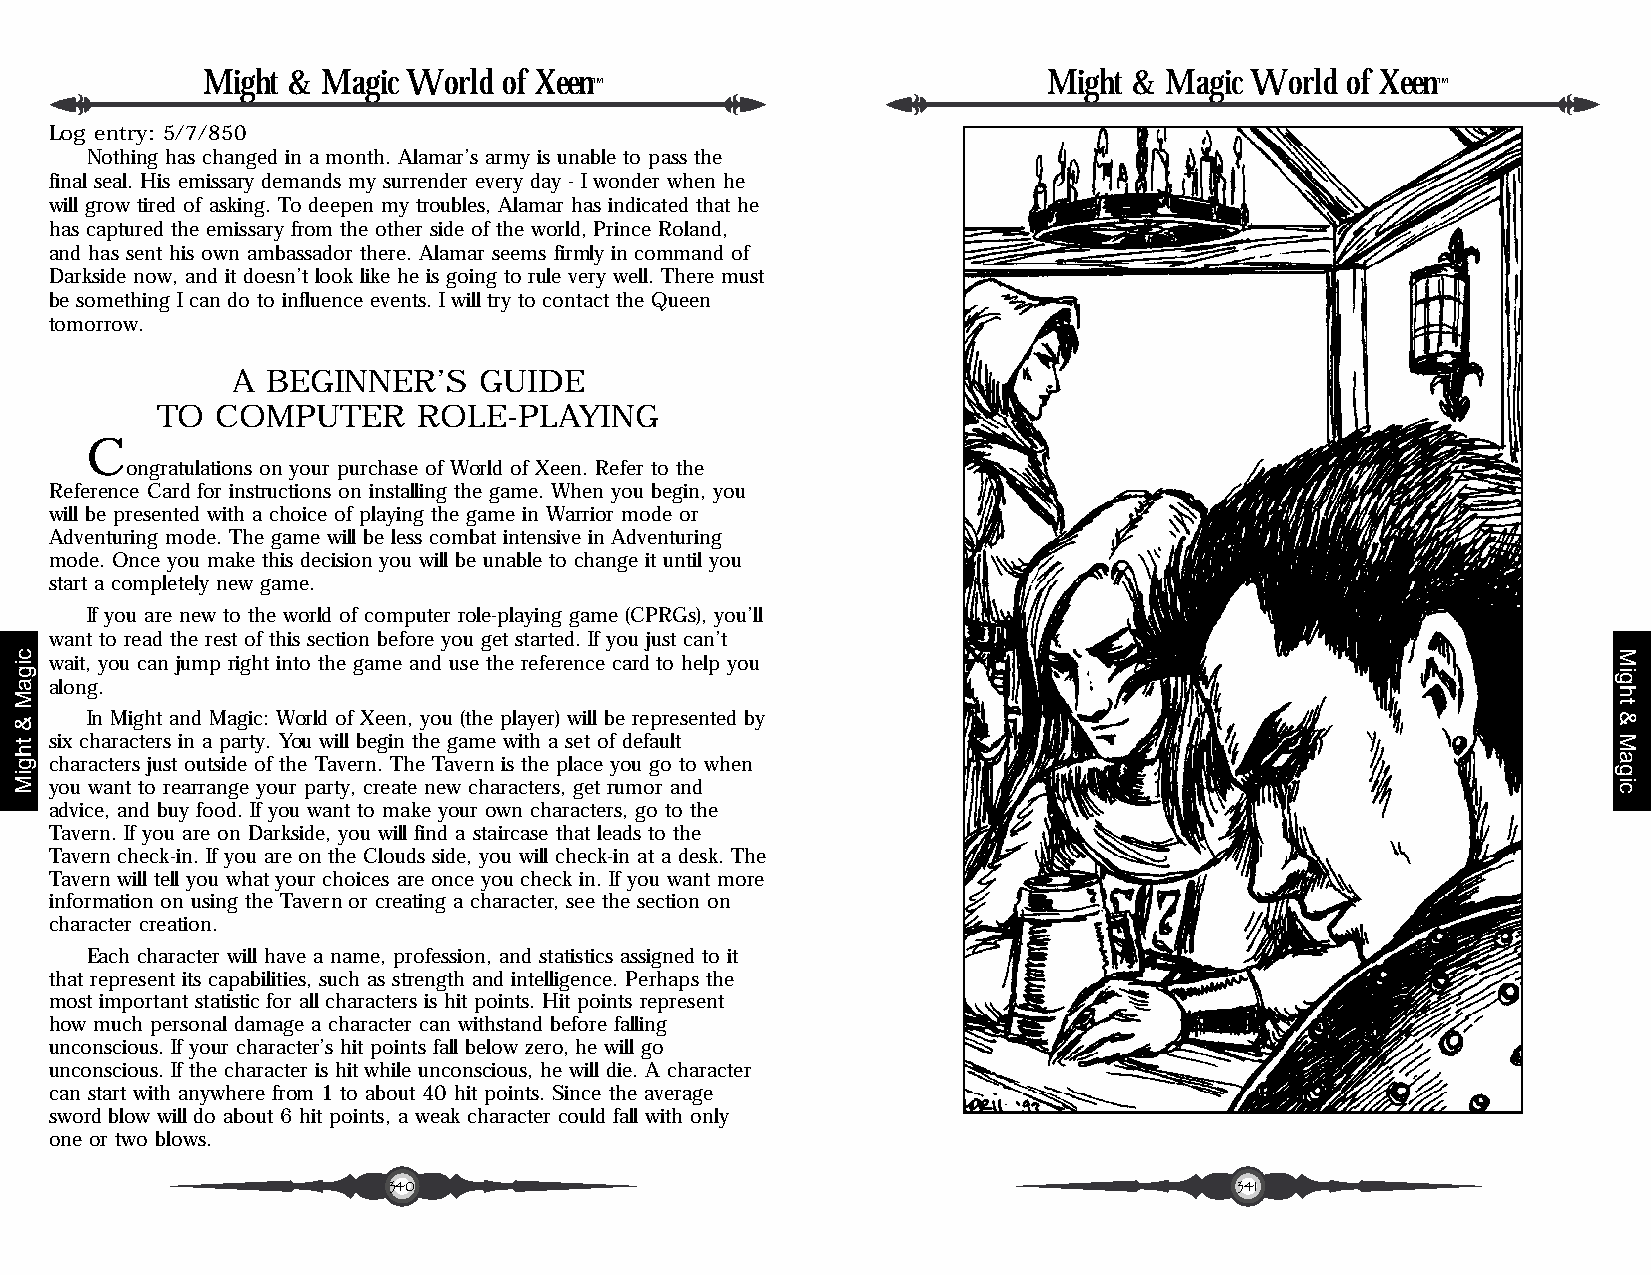
Might & Magic World of Xeen                             Might & Magic World of Xeen
 ™                                                       ™
 Log entry: 5/7/850
 Nothing has changed in a month. Alamar’s army is unable to pass the
 final seal. His emissary demands my surrender every day - I wonder when he
 will grow tired of asking. To deepen my troubles, Alamar has indicated that he
 has captured the emissary from the other side of the world, Prince Roland,
 and has sent his own ambassador there. Alamar seems firmly in command of
 Darkside now, and it doesn’t look like he is going to rule very well. There must
 be something I can do to influence events. I will try to contact the Queen
 tomorrow.
 A  BEGINNER’S    GUIDE
 TO  COMPUTER      ROLE-PLAYING
 C
 ongratulations on your purchase of World of Xeen. Refer to the
 Reference Card for instructions on installing the game. When you begin, you
 will be presented with a choice of playing the game in Warrior mode or
 Adventuring mode. The game will be less combat intensive in Adventuring
 mode. Once you make this decision you will be unable to change it until you
 start a completely new game.
 If you are new to the world of computer role-playing game (CPRGs), you’ll
 want to read the rest of this section before you get started. If you just can’t
 wait, you can jump right into the game and use the reference card to help you
 along.
 In Might and Magic: World of Xeen, you (the player) will be represented by
 six characters in a party. You will begin the game with a set of default
 characters just outside of the Tavern. The Tavern is the place you go to when
 you want to rearrange your party, create new characters, get rumor and
 advice, and buy food. If you want to make your own characters, go to the
 Tavern. If you are on Darkside, you will find a staircase that leads to the
 Tavern check-in. If you are on the Clouds side, you will check-in at a desk. The
 Tavern will tell you what your choices are once you check in. If you want more
 information on using the Tavern or creating a character, see the section on
 character creation.
 Each character will have a name, profession, and statistics assigned to it
 that represent its capabilities, such as strength and intelligence. Perhaps the
 most important statistic for all characters is hit points. Hit points represent
 how much personal damage a character can withstand before falling
 unconscious. If your character’s hit points fall below zero, he will go
 unconscious. If the character is hit while unconscious, he will die. A character
 can start with anywhere from 1 to about 40 hit points. Since the average
 sword blow will do about 6 hit points, a weak character could fall with only
 one or two blows.
 340                                                     341
 cigaM
 &
 thgiM
 Might
 &
 Magic